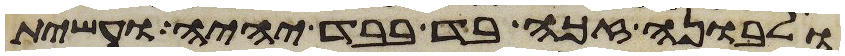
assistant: ולבונה זכה בד בבד יהיה ועשית